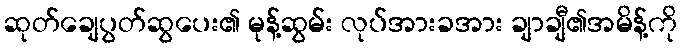
ဆုတ်ချေပွတ်ဆွပေး၏ မုန့်ဆွမ်း လုပ်အားခအား ချာချီ၏အမိန့်ကို